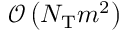
\mathcal { O } \left( N _ { \mathrm { T } } m ^ { 2 } \right)